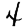
Digit: 4